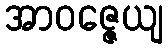
အာဝဇ္ဇေယျ